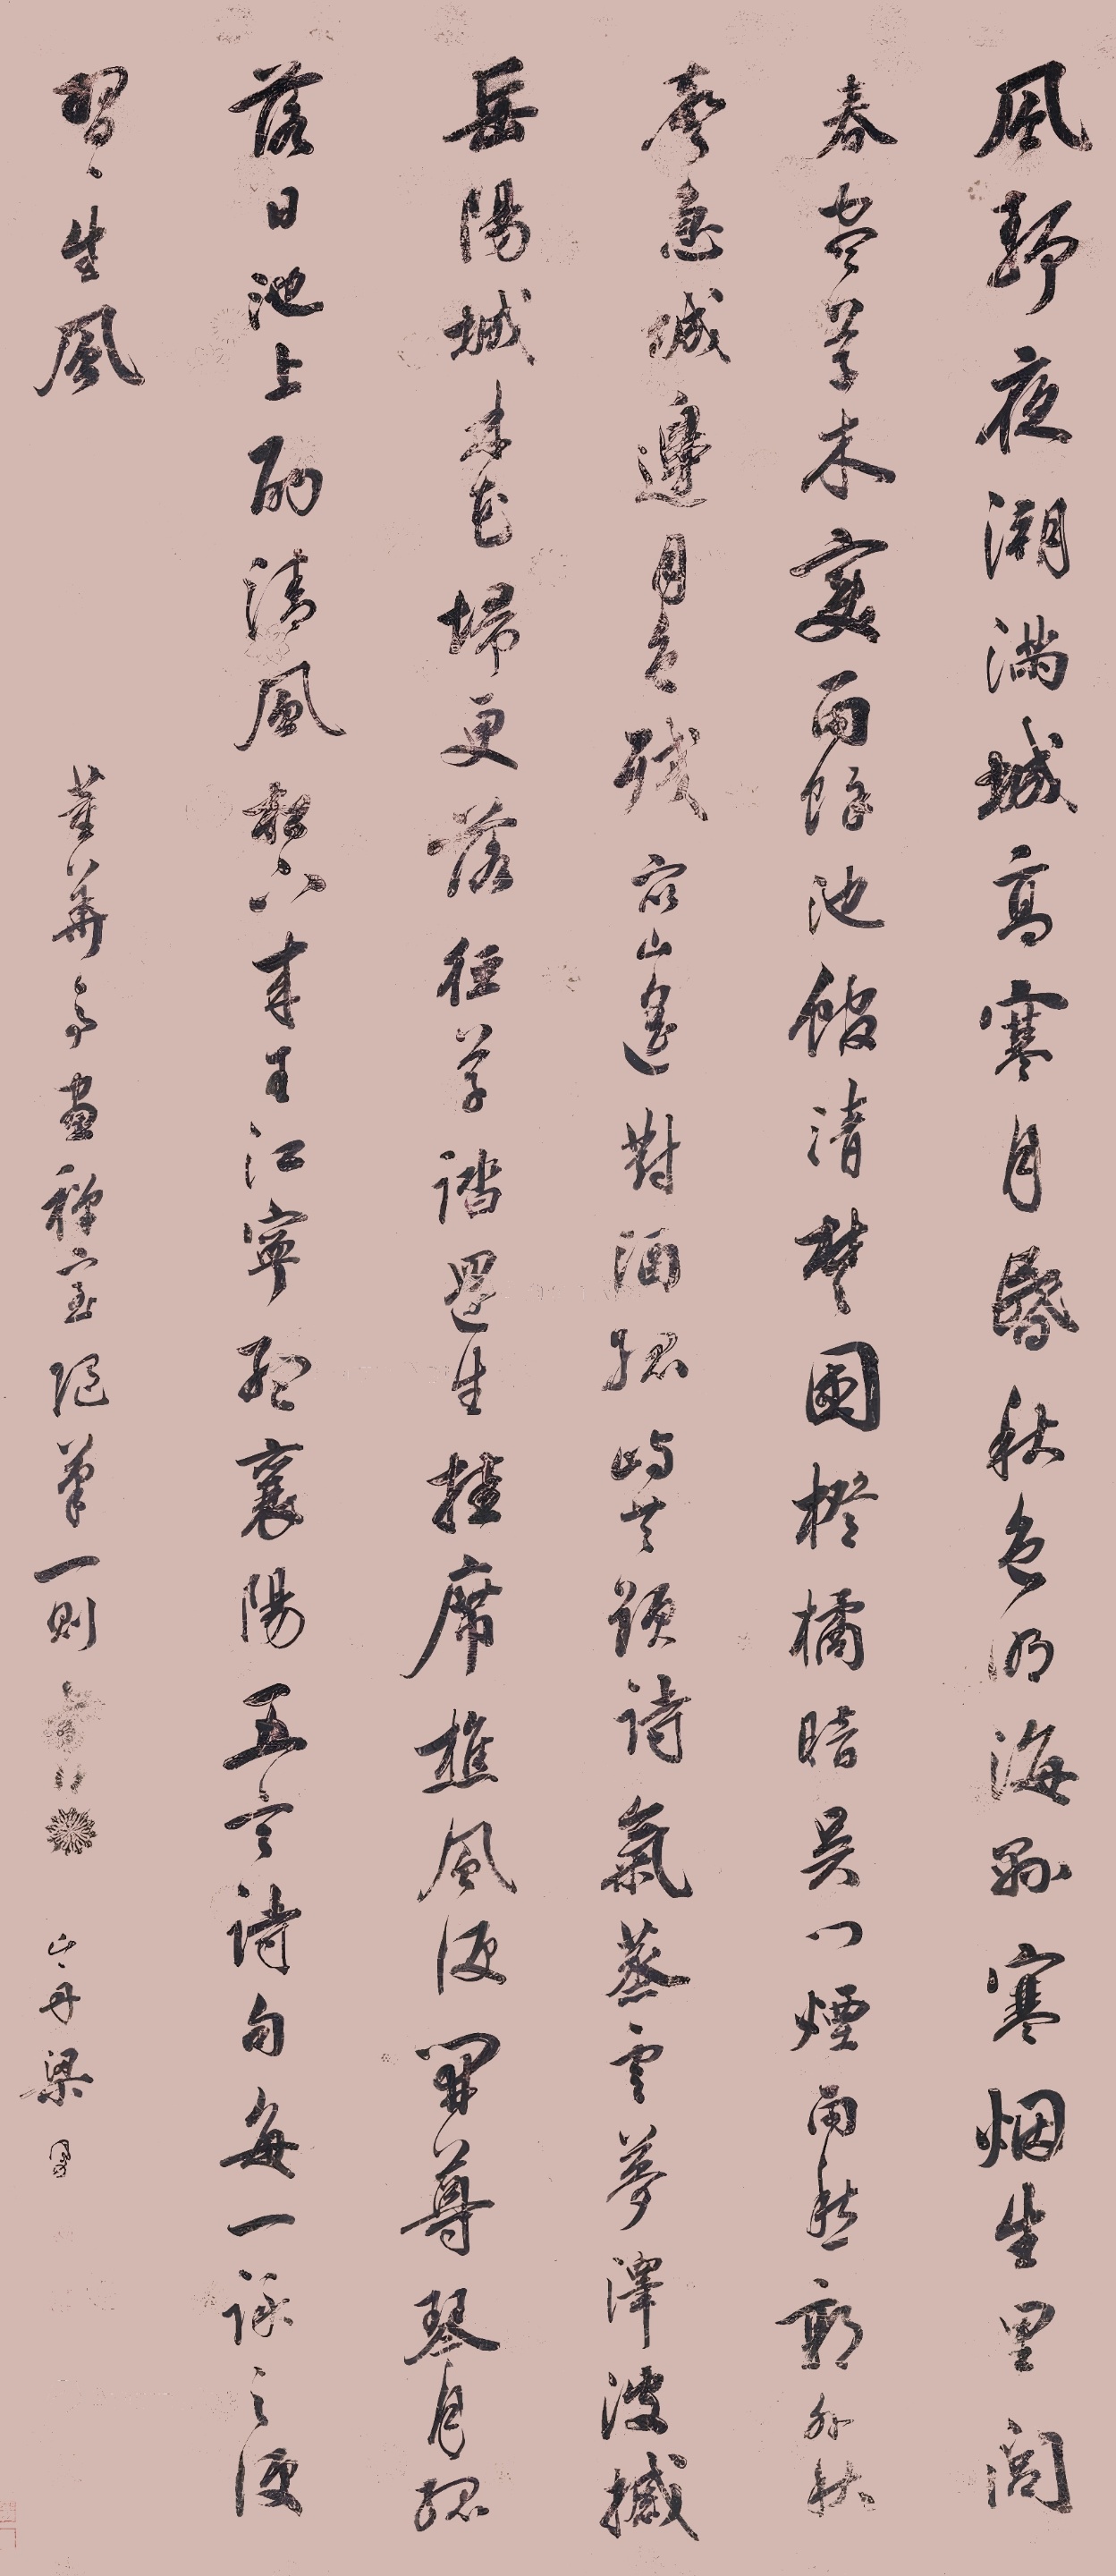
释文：风静夜潮满，城高寒月昬。秋色明海县，寒烟生里闾。春尽草木变，雨来池馆清。楚国橙橘暗，吴门烟雨愁。郭外秋声急，城边月色残。众山遥对酒，孤屿共题诗。气蒸云梦泽，波撼岳阳城。林花扫更落，径草踏还生。挂席樵风便，开尊琴月孤。落日池上酌，清风松下来。王江宁、孟襄阳五言诗句，每一咏之，便习习生风。董华亭画禅室绝笔一则。山舟梁同书。